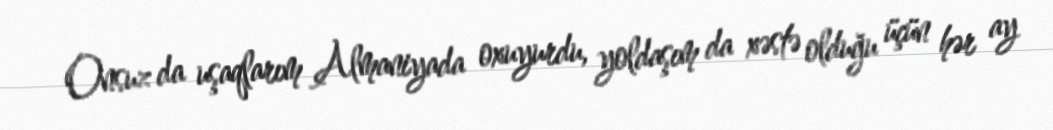
Onsuz da uşaqlarım Almaniyada oxuyurdu, yoldaşım da xəstə olduğu üçün hər ay